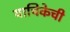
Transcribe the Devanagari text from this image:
याचिकेची